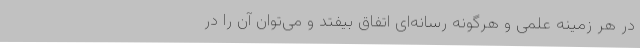
در هر زمینه‌ علمی و هرگونه رسانه‌ای اتفاق بیفتد و می‌توان آن را در